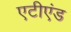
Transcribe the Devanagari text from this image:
एटीएंड